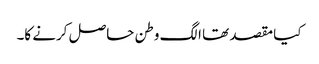
کیا مقصد تھا الگ وطن حاصل کرنے کا۔